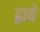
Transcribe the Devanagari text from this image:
द्वाबे